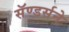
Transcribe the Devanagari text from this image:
सॅण्डर्सने